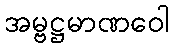
အမ္ဗဋ္ဌမာဏဝေါ